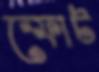
স্ফোট